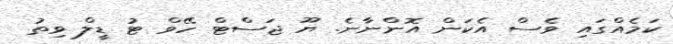
ކަމެއްގައި ވެސް އެކަން އޮންނާނެ. ޔޫ ޖަސްޓް ހޭވް ޓު ޑީލް ވިތު